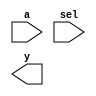
module demux12(a,sel,y);
	input a,sel;
	output [1:0]y;
	
        assign y[sel] = a;
	
endmodule